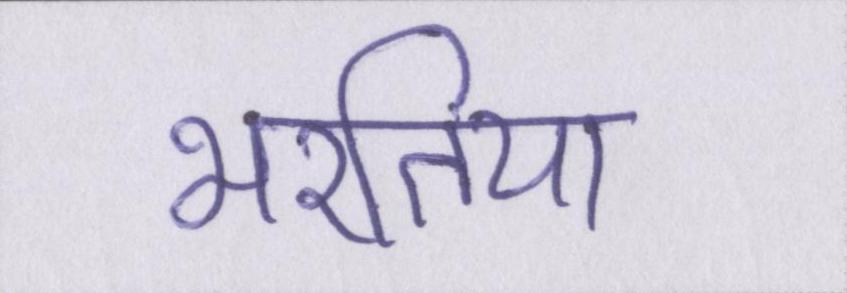
भरतिया